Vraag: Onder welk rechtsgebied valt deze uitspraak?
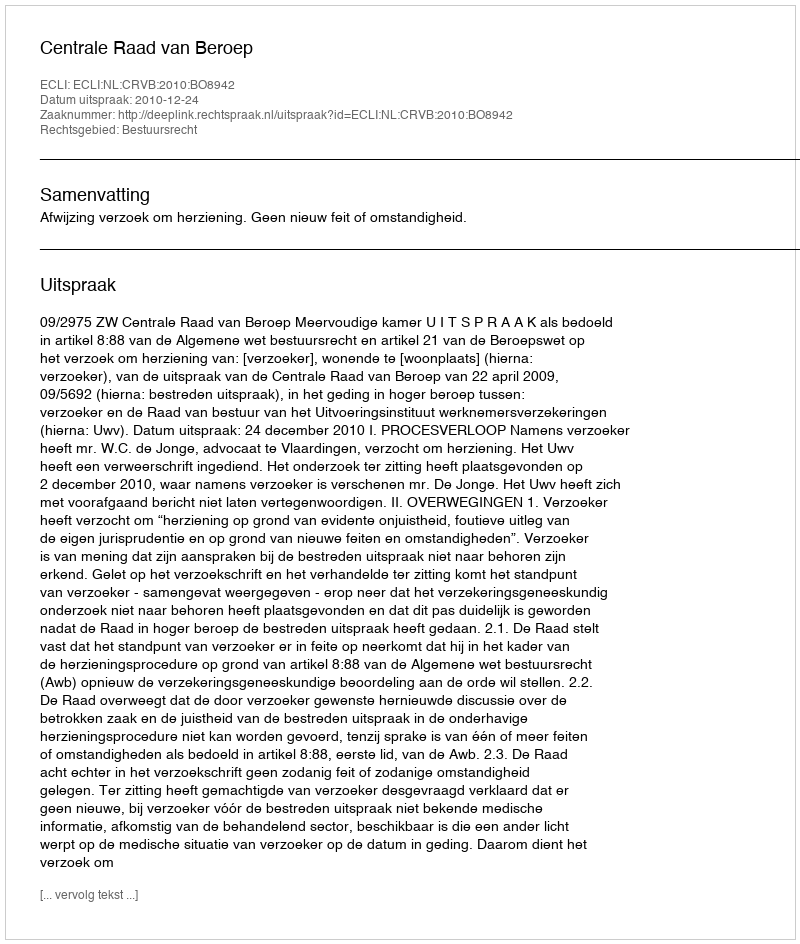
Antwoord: Bestuursrecht